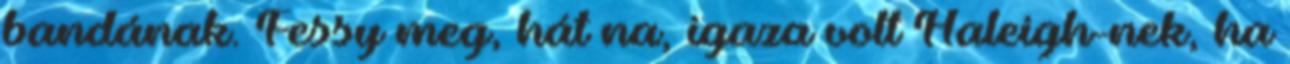
bandának. Fessy meg, hát na, igaza volt Haleigh-nek, ha